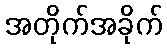
အတိုက်အခိုက်